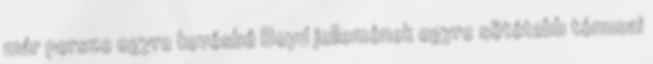
már persze egyre kevésbé Boyd jellemének egyre sötétebb tónusai